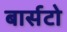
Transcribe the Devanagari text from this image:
बार्सटो